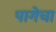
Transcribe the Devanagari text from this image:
पागेचा